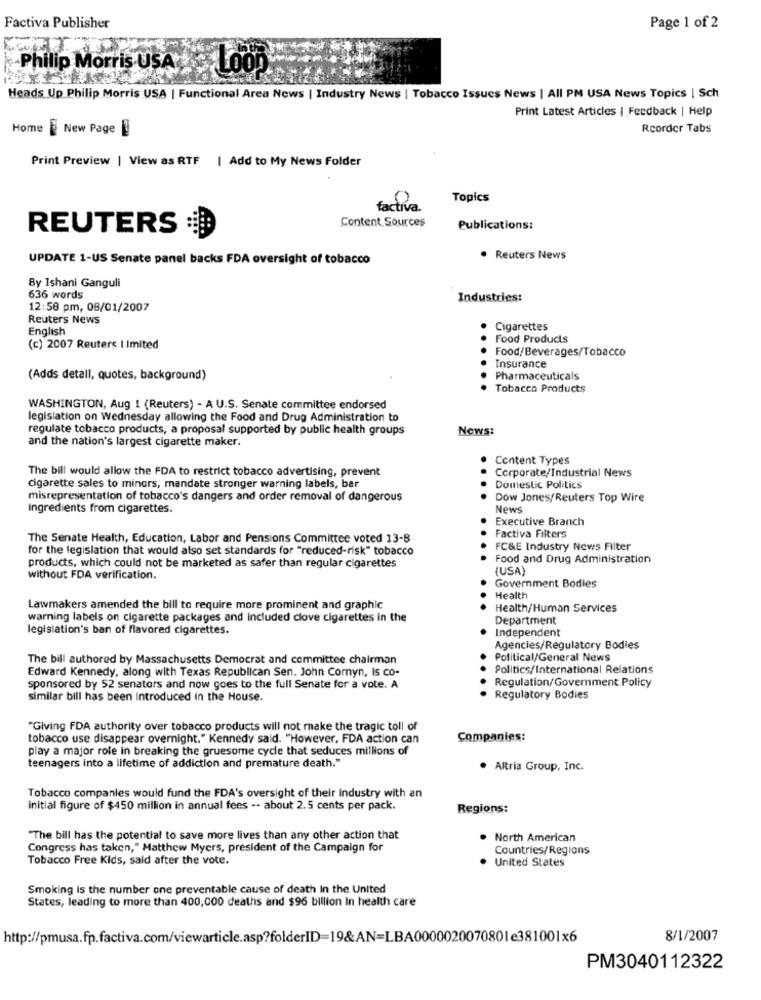
Factiva Publisher
Page 1 of 2
-Philip Morris USA
LOOP
Heads Up Philip Morris USA | Functional Area News | Industry News | Tobacco Issues News | All PM USA News Topics | Sch
Print Latest Articles | Feedback | Help
Home New Page
Rcorder Tabs
Print Preview | View as RTF | Add to My News Folder
0
Topics
factiva.
Content Sources
REUTERS
Publications:
UPDATE 1-US Senate panel backs FDA oversight of tobacco
Reuters News
By Ishani Ganguli
636 words
Industries:
12:58 pm, 08/01/2007
Reuters News
English
Cigarettes
Food Products
(c) 2007 Reuters I.Imited
Food/Beverages/Tobacco
Insurance
(Adds detall, quotes, background)
Pharmaceuticals
Tobacco Products
WASHINGTON, Aug 1 (Reuters) - A U.S. Senate committee endorsed
legislation on Wednesday allowing the Food and Drug Administration to
regulate tobacco products, a proposal supported by public health groups
News:
and the nation's largest cigarette maker.
Content Types
The bill would allow the FDA to restrict tobacco advertising, prevent
Corporate/Industrial News
cigarette sales to minors, mandate stronger warning labels, bar
Domestic Politics
misrepresentation of tobacco's dangers and order removal of dangerous
Dow Jones/Reuters Top Wire
Ingredients from cigarettes.
New
Executive Branch
The Senate Health, Education, Labor and Pensions Committee voted 13-8
Factiva Filters
for the legislation that would also set standards for "reduced-risk" tobacco
FC&E Industry News Filter
Food and Drug Administration
products, which could not be marketed as safer than regular cigarettes
(USA)
without FDA verification.
Government Bodies
Health
Lawmakers amended the bill to require more prominent and graphic
Health/Human Services
warning labels on cigarette packages and included clove cigarettes in the
Department
legislation's ban of flavored cigarettes.
Independent
Agencies/Regulatory Bodies
The bill authored by Massachusetts Democrat and committee chairman
Political/General News
Edward Kennedy, along with Texas Republican Sen. John Cornyn, is co-
Politics/International Relations
sponsored by 52 senators and now goes to the full Senate for a vote. A
Regulation/Government Policy
similar bill has been Introduced in the House.
Regulatory Bodies
"Giving FDA authority over tobacco products will not make the tragic toll of
tobacco use disappear overnight." Kennedy said. "However, FDA action can
Companies:
play a major role in breaking the gruesome cycle that seduces millions of
teenagers into a lifetime of addiction and premature death."
· Altria Group, Inc.
Tobacco companies would fund the FDA's oversight of their industry with an
initial figure of $450 million in annual fees -- about 2.5 cents per pack.
Regions:
"The bill has the potential to save more lives than any other action that
North American
Congress has taken," Matthew Myers, president of the Campaign for
Countries/Regions
Tobacco Free Kids, said after the vote.
United States
Smoking is the number one preventable cause of death In the United
States, leading to more than 400,000 deaths and $96 billion In health care
http://pmusa.fp.factiva.com/viewarticle.asp?folderID=19&AN=LBA0000020070801e381001x6
8/1/2007
PM3040112322